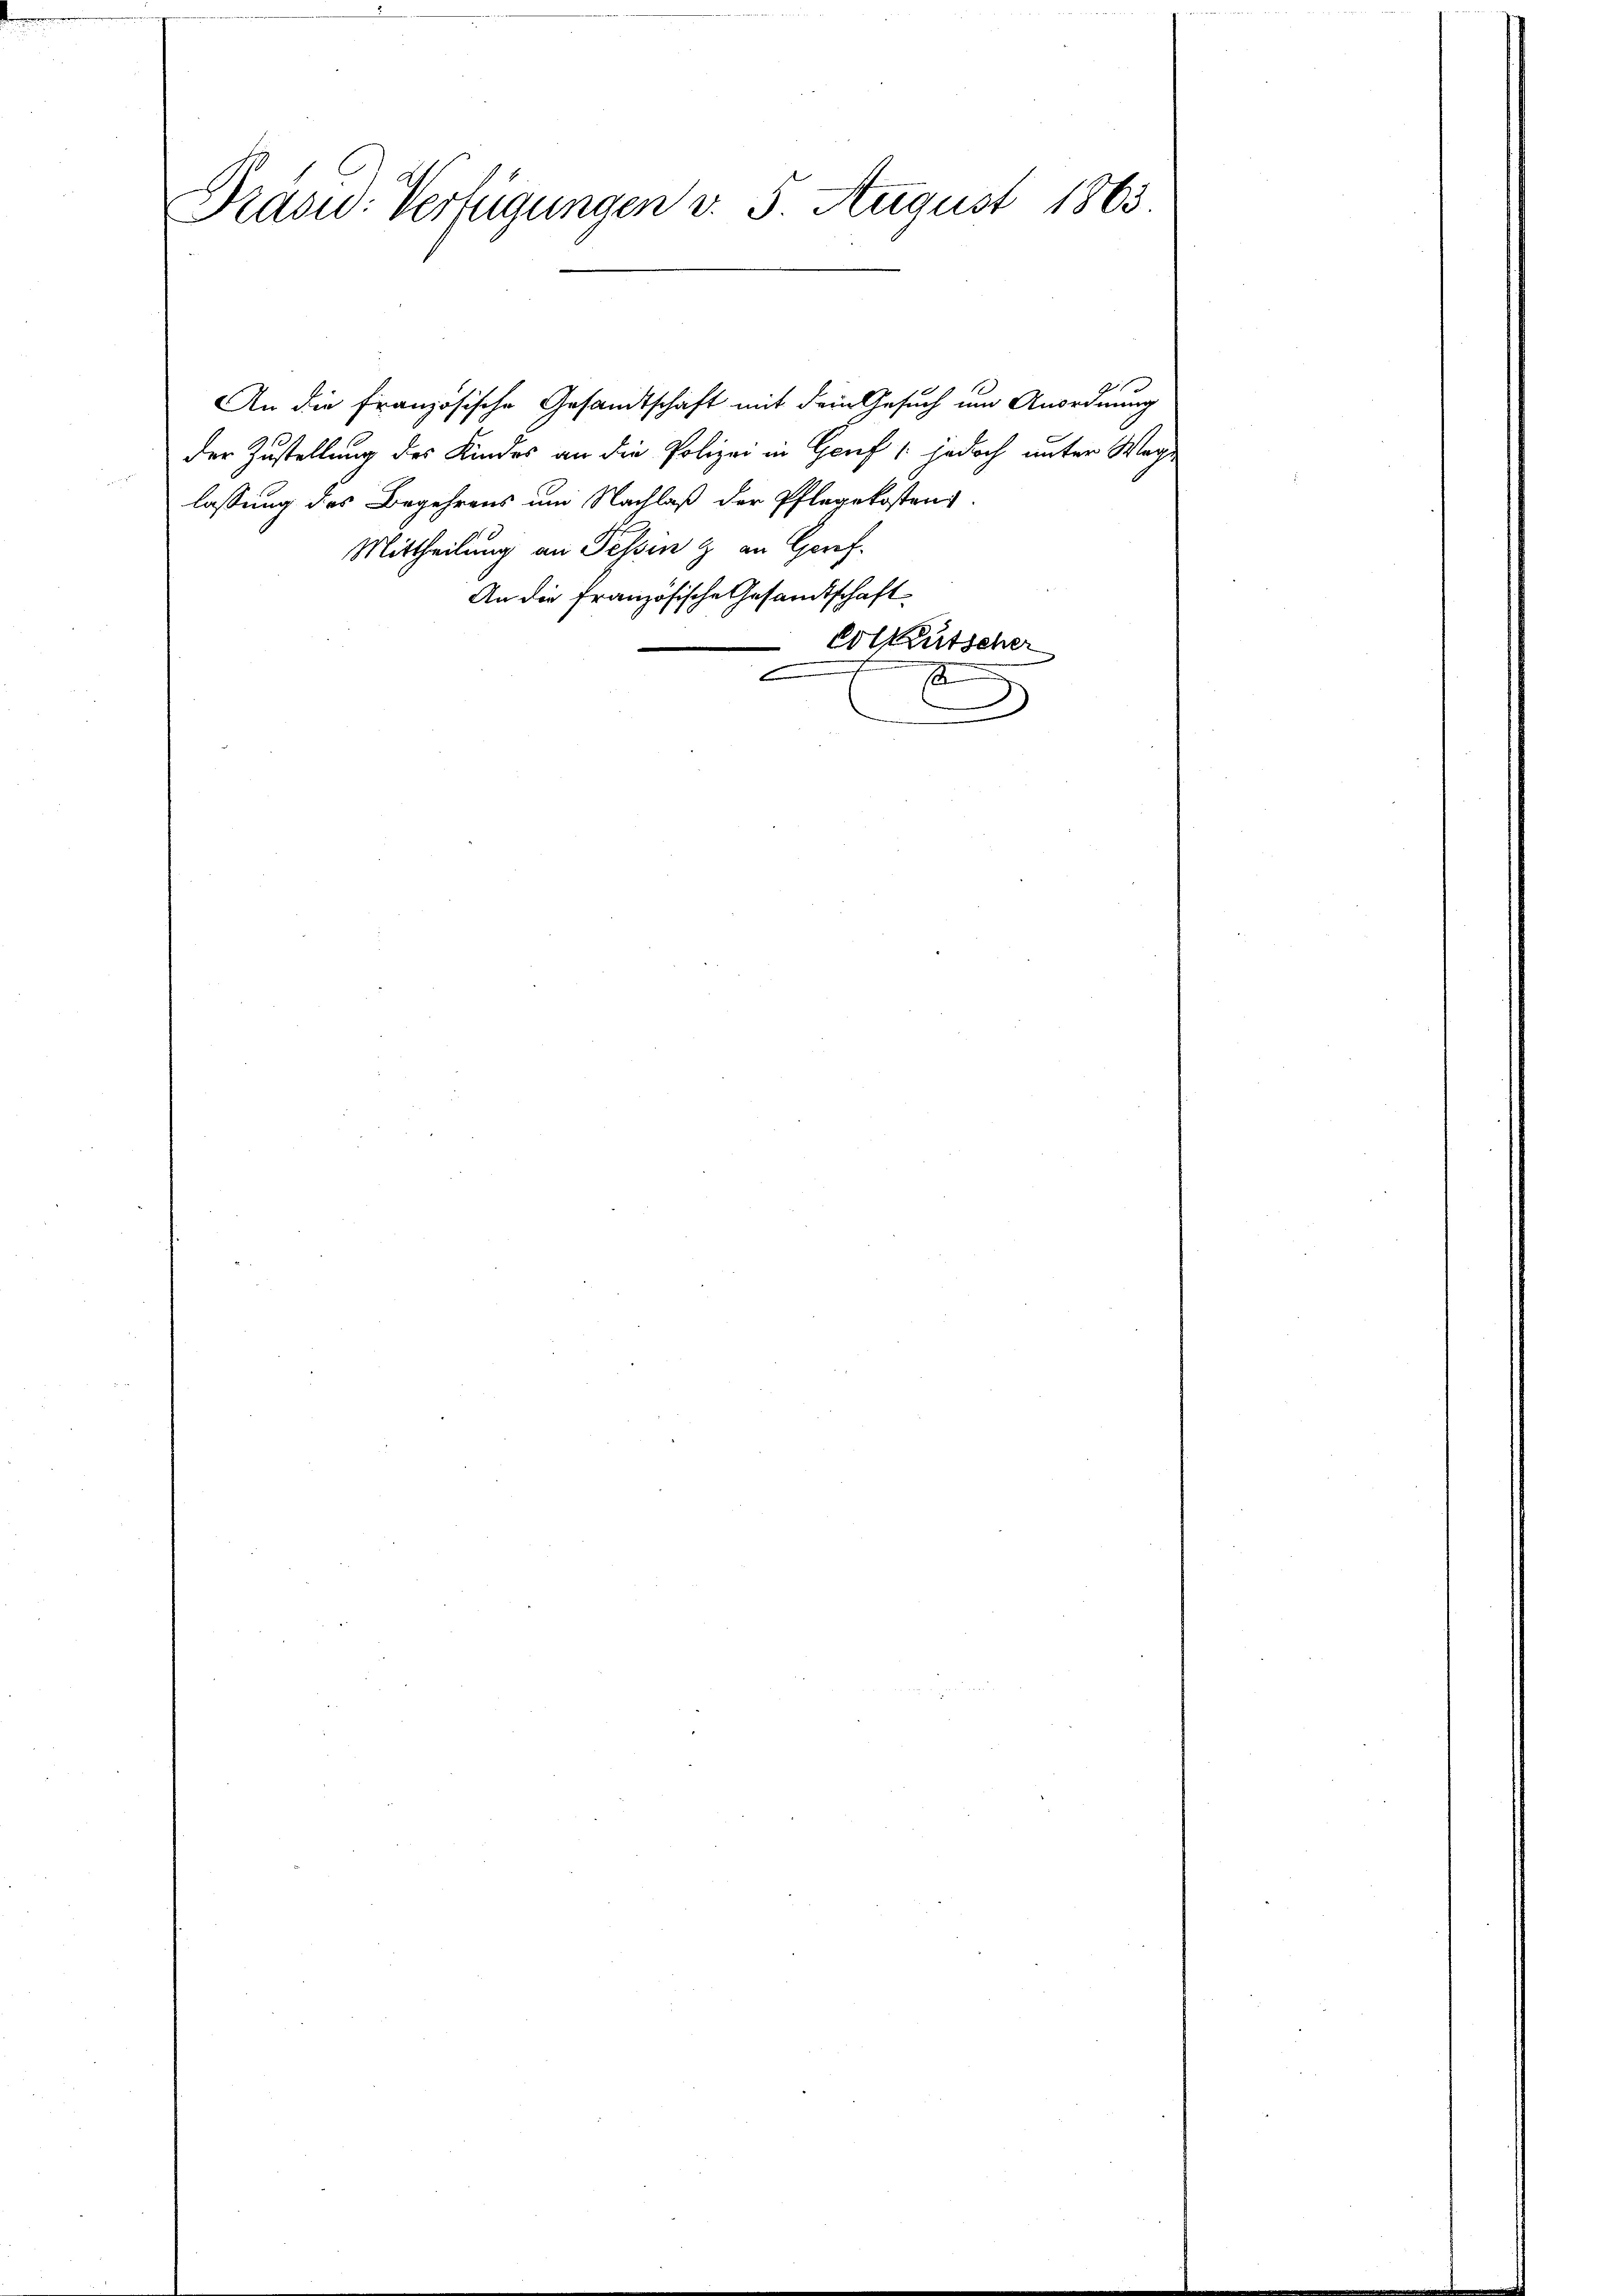
Präsid. Verfügungen v. 5 August 1863.

Mittheilung an Tessin & an Gorf.
An die französische Gesandtschaft
Colkutscher
e
2

An die Französische Gesandtschaft mit dem Gesuch um Anordnung
der Zustellung des Kindes an die Polizei in Genf (jedoch unter Wege
lassung des Begehrens um Nachlaß der Pflegekostenz.